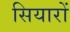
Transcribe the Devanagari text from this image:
सियारों